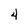
Character: 4